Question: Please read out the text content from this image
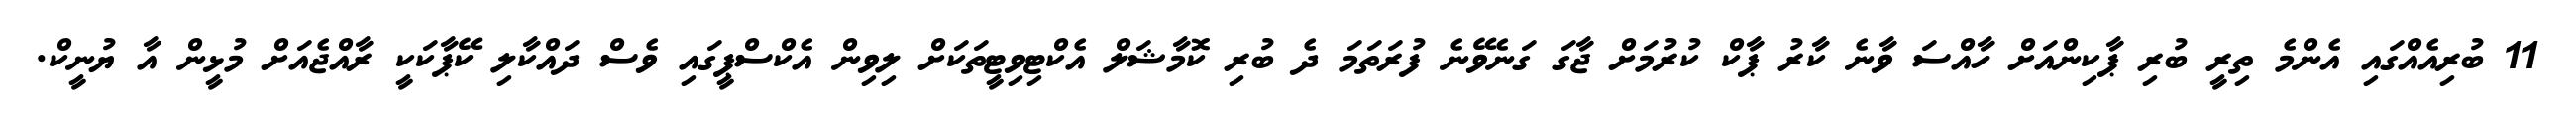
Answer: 11 ބުރިއެއްގައި އެންމެ ތިރީ ބުރި ޕާކިންއަށް ހާއްސަ ވާނެ ކާރު ޕާކް ކުރުމަށް ޖާގަ ގަނެވޭނެ ފުރަތަމަ ދެ ބުރި ކޮމާޝަލް އެކްޓިވިޓީތަކަށް ލިވިން އެކްސްޕީގައި ވެސް ދައްކާލި ކޭޕާކަކީ ރާއްޖެއަށް މުޅީން އާ ޔުނީކް.